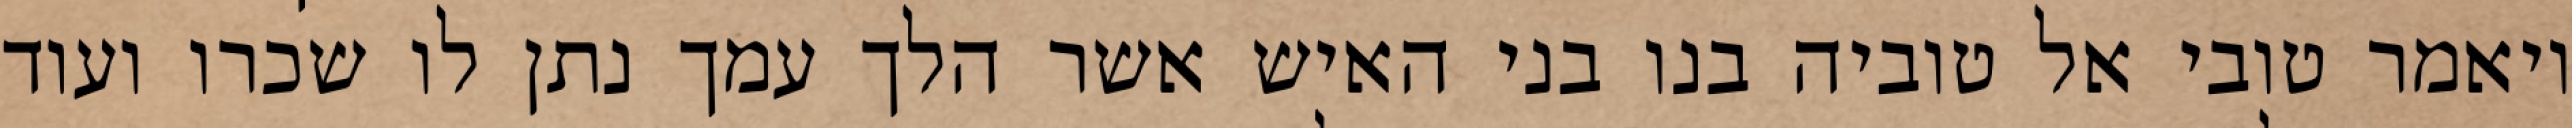
ויאמר טובי אל טוביה בנו בני האיש אשר הלך עמך נתן לו שכרו ועוד